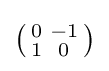
\left({\begin{smallmatrix}0&-1\\1&0\\\end{smallmatrix}}\right)